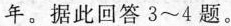
年。据此回答3~4题。